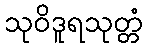
သုဝိဒူရသုတ္တံ